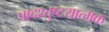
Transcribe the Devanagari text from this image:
पादश्तुष्टयात्मक